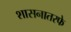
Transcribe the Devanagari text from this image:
शासनातरफे